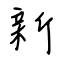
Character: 新